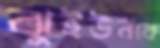
ঝুইউনকে